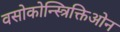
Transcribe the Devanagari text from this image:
वसोकोन्स्त्रिक्तिओन